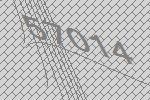
57014